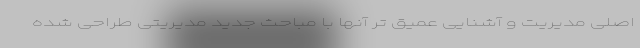
اصلی مدیریت و آشنایی عمیق تر آنها با مباحث جدید مدیریتی طراحی شده